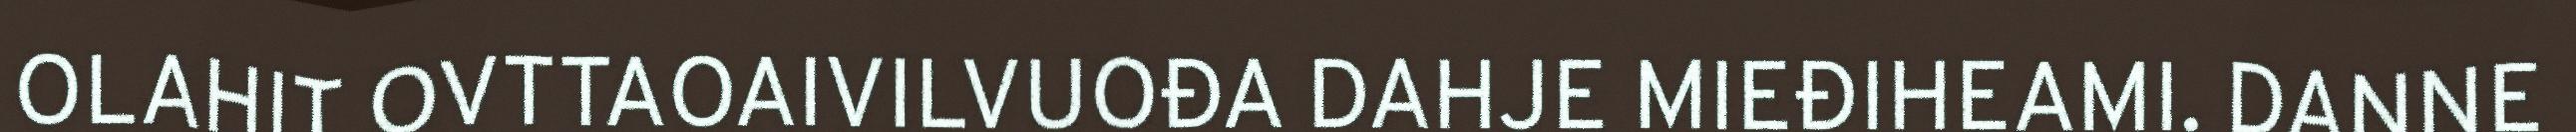
OLAHIT OVTTAOAIVILVUOĐA DAHJE MIEĐIHEAMI. DANNE